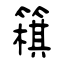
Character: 簯